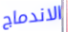
الاندماج